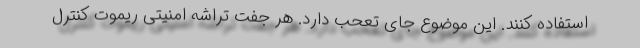
استفاده کنند. این موضوع جای تعحب دارد. هر جفت تراشه امنیتی ریموت کنترل